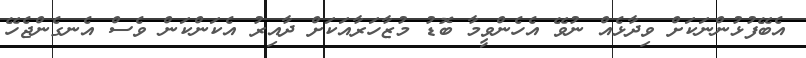
އެބޭފުޅުންނަކަށް ވިދާޅެއް ނުވޭ އެހެންވީމާ ބޮޑު މުޒާހަރާއަކަށް ދާއިރު އެކަންކަން ވެސް އެނގެންޖެހޭ